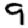
Digit: 9